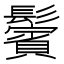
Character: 鬢